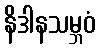
နိဒါနသမ္ဘဝံ